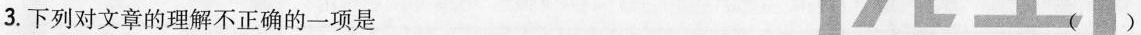
3.下列对文章的理解不正确的一项是 ()